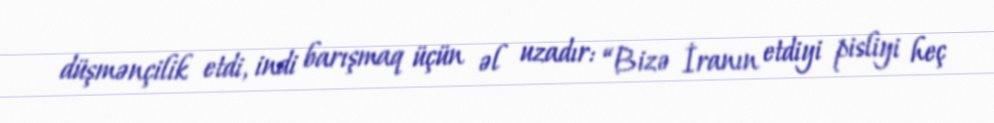
düşmənçilik etdi, indi barışmaq üçün əl uzadır: “Bizə İranın etdiyi pisliyi heç